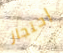
إحتجاز